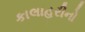
કાલાહરીનો